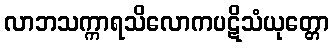
လာဘသက္ကာရသိလောကပဋိသံယုတ္တော